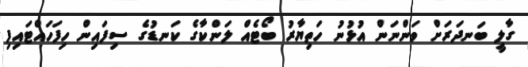
ގާލީ ބަނދަރަށް ވަންނަން އުޅުނު ހަތިޔާރު ބޯޓެއް ލަންކާގެ ކަނޑުގެ ސިފައިން ހިފަހައްޓައިފި